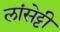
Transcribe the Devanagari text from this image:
लांसेट्टी